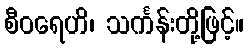
စီဝရေဟိ၊ သင်္ကန်းတို့ဖြင့်။